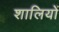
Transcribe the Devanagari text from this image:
शालियों